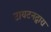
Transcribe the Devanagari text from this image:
टायटनद्वारा